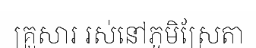
គ្រួសារ រស់នៅភូមិស្រែតា